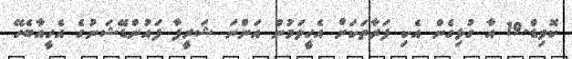
ކޮވިޑް-19 އާ ގުޅިގެން އެކި ފަރާތަކަށް އެހީވަމުން އަންނަ ޝަރީފާ ފައުންޑޭޝަނުގެ އެހީއާބެހޭ